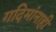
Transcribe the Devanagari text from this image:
गदिमांनाही